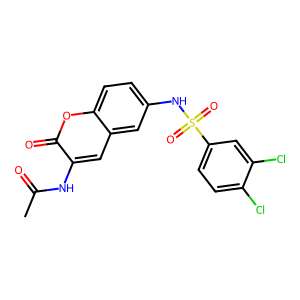
SMILES: CC(=O)Nc1cc2cc(NS(=O)(=O)c3ccc(Cl)c(Cl)c3)ccc2oc1=O
Inhibits HIV replication: No